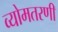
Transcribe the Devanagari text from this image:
व्योमतरणी